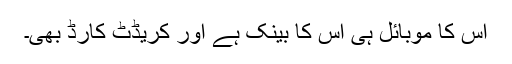
اس کا موبائل ہی اس کا بینک ہے اور کریڈٹ کارڈ بھی۔